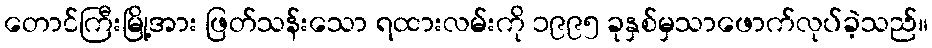
တောင်ကြီးမြို့အား ဖြတ်သန်းသော ရထားလမ်းကို ၁၉၉၅ ခုနှစ်မှသာဖောက်လုပ်ခဲ့သည်။